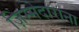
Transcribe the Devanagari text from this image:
ज़िम्मेदाराना